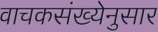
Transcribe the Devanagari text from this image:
वाचकसंख्येनुसार